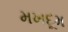
મખદૂમ